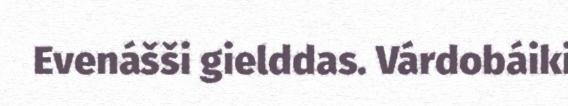
Evenášši gielddas. Várdobáiki